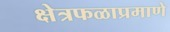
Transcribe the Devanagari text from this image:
क्षेत्रफळाप्रमाणे